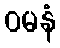
ဝမနံ